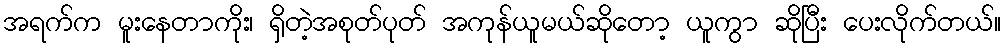
အရက်က မူးနေတာကိုး၊ ရှိတဲ့အစုတ်ပုတ် အကုန်ယူမယ်ဆိုတော့ ယူကွာ ဆိုပြီး ပေးလိုက်တယ်။